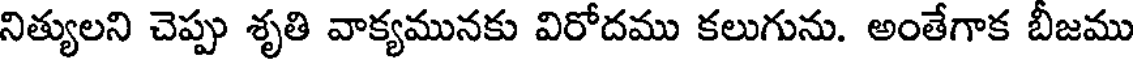
నిత్యులని చెప్పు శృతి వాక్యమునకు విరోదము కలుగును. అంతేగాక బీజము